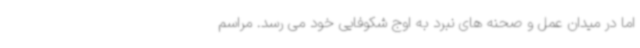
اما در میدان عمل و صحنه های نبرد به اوج شکوفایی خود می رسد. مراسم